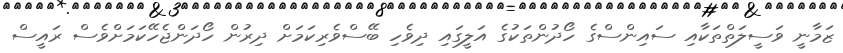
ޒަމާނީ ވަސީލަތްތަކާއި ސައިންސްގެ ހޯދުންތަކުގެ އަލީގައި ދިވެހި ބޭސްވެރިކަމަށް ދިރުން ހޯދަންޖެހޭކަމަށްވެސް ރައީސް